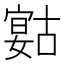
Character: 𡪻